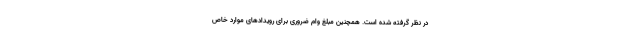
در نظر گرفته شده است. همچنین مبلغ وام ضروری برای رویدادهای موارد خاص